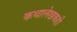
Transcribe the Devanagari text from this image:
कथालेखकही